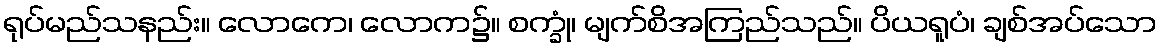
ရုပ်မည်သနည်း။ လောကေ၊ လောက၌။ စက္ခုံ၊ မျက်စိအကြည်သည်။ ပိယရူပံ၊ ချစ်အပ်သော